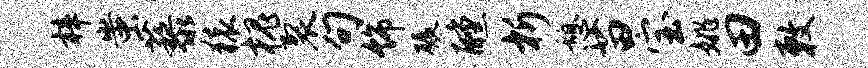
梓蚩藜猿槐裂句饰碾醺析憩苗宝姚田敕